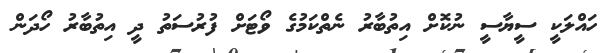
ހައްލަކީ ސީޔާސީ ނުކޮށް އިތުބާރު ނެތްކަމުގެ ވޯޓަށް ފުރުސަތު ދީ އިތުބާރު ހޯދަން